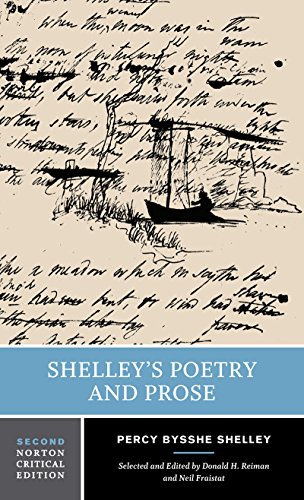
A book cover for Shelley's Poetry and Prose (Norton Critical Edition); Percy Bysshe Shelley; Literature & Fiction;